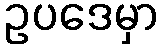
ဥပဒေမှာ